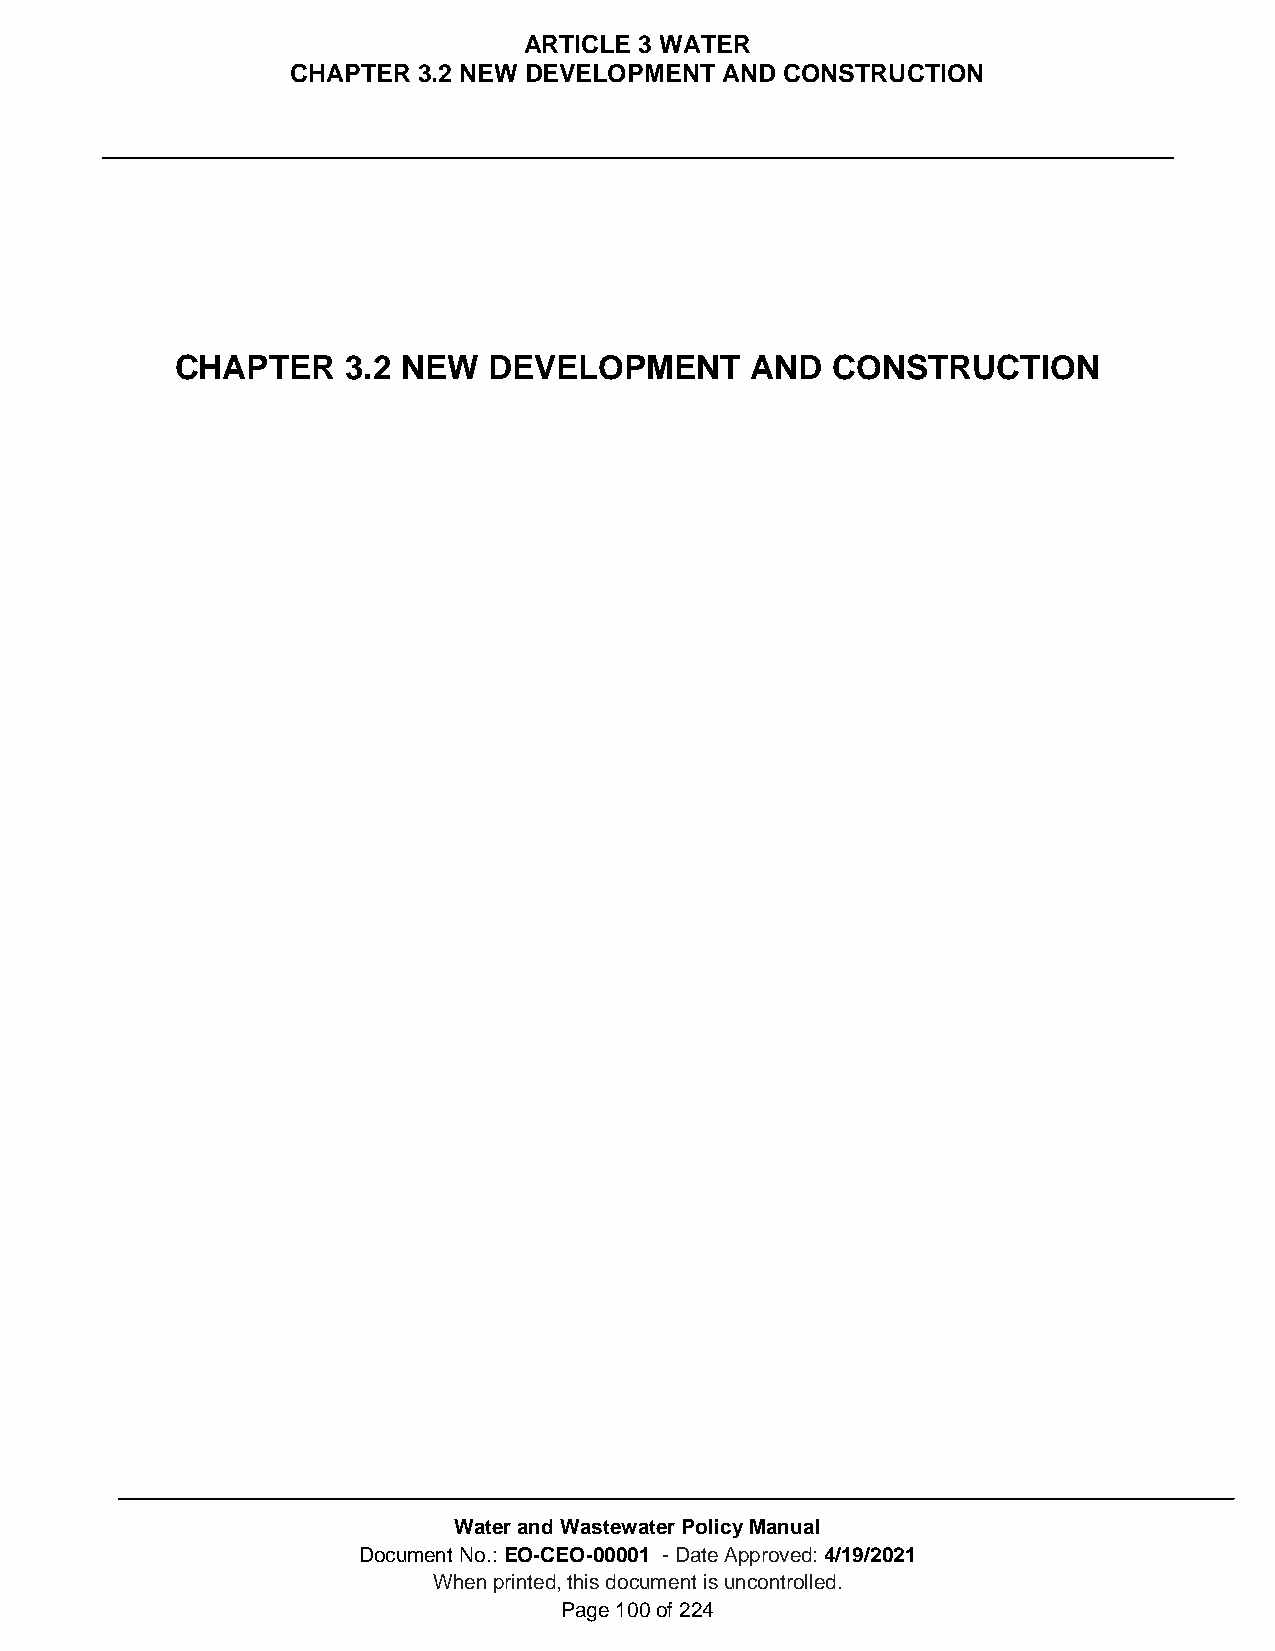
ARTICLE 3 WATER
 CHAPTER  3.2 NEW DEVELOPMENT AND CONSTRUCTION
 CHAPTER    3.2 NEW  DEVELOPMENT       AND  CONSTRUCTION
 Water and Wastewater Policy Manual
 Document No.: EO-CEO-00001 - Date Approved: 4/19/2021
 When printed, this document is uncontrolled.
 Page 100 of 224